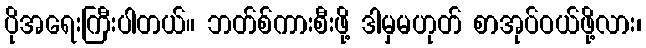
ပိုအရေးကြီးပါတယ်။ ဘတ်စ်ကားစီးဖို့ ဒါမှမဟုတ် စာအုပ်ဝယ်ဖို့လား၊